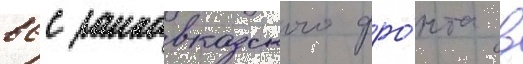
ввс закавказского фро́нта в